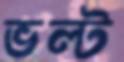
ভল্ট